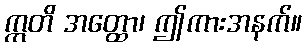
ဣတိ အတ္ထော၊ ဤကားအနက်။